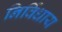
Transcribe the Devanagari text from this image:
निर्विधाय